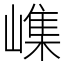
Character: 㠎